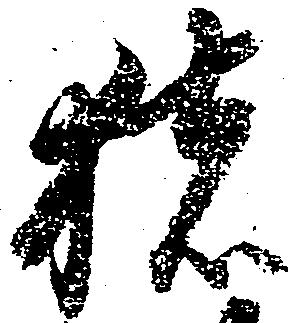
猪